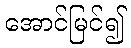
အောင်မြင်၍